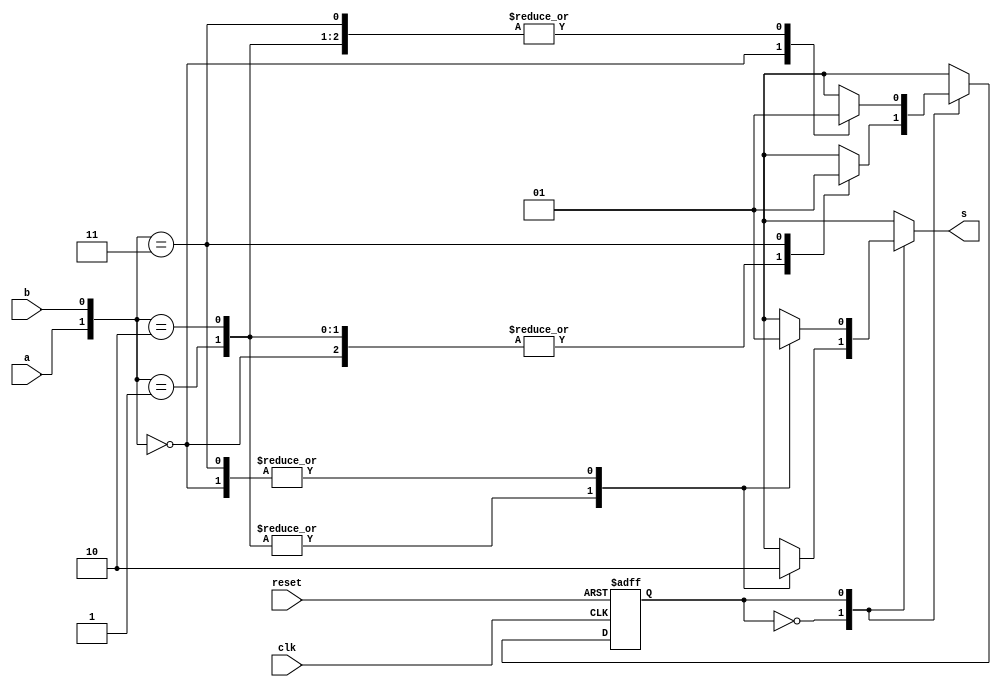
`timescale 1ns / 1ps
//////////////////////////////////////////////////////////////////////////////////
// Company: 
// Engineer: 
// 
// Design Name: 
// Module Name: serial
// Project Name: 
// Target Devices: 
// Tool Versions: 
// Description: 
// 
// Dependencies: 
// 
// Revision:
// Revision 0.01 - File Created
// Additional Comments:
// 
//////////////////////////////////////////////////////////////////////////////////


module serial(a, b, s, reset, clk);
input a, b, reset, clk;
output reg s;
   
   parameter s0=1'b0,s1=1'b1;
   reg PS,NS;
   
   always@(posedge clk or posedge reset)
     begin
       if(reset)
         PS<=s0;
       else
         PS<=NS;
     end
   always@(PS)
     begin
       case(PS)
         s0:begin
           case({a,b})
             2'b00:begin s=1'b0; NS=s0;end
             2'b01:begin s=1'b1; NS=s0;end
             2'b10:begin s=1'b1; NS=s0;end
             2'b11:begin s=1'b0; NS=s1;end
           endcase
         end
         s1:begin
           case({a,b})
             2'b00:begin s=1'b1;NS=s0;end
             2'b01:begin s=1'b0;NS=s1;end
             2'b10:begin s=1'b0;NS=s1;end
             2'b11:begin s=1'b1;NS=s1;end
           endcase
         
         end
       endcase
     end 
 endmodule